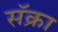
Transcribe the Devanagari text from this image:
सॅक्रा